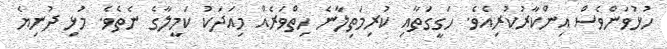
ހުޅުވަންވެސް އިންކާރުކުރިއެވެ. ހަގީގަތާއި ކުރިމަތިލާނެ ހިތްވަރެއް މިއަދަކު ކަމީލާގެ ނެތެވެ. މުޅި ދުނިޔެ